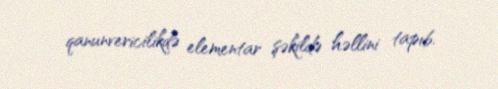
qanunvericilikdə elementar şəkildə həllini tapıb.